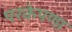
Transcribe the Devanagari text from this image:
परकेपणा